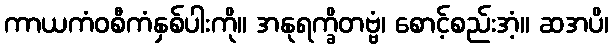
ကာယကံဝစီကံနှစ်ပါးကို။ အနုရက္ခိတဗ္ဗံ၊ စောင့်စည်းအံ့။ ဆအပိ၊